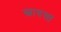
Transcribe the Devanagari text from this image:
स्वायत्त्त